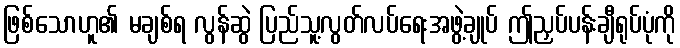
ဖြစ်သောဟူ၏ မချစ်ရ လွန်ဆွဲ ပြည်သူ့လွတ်လပ်ရေးအဖွဲ့ချုပ် ဤညှပ်ပန်းချီရုပ်ပုံကို